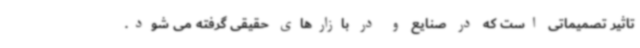
تاثیر تصمیماتی است که در صنایع و در بازارهای حقیقی گرفته می شود.